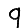
Digit: 9